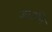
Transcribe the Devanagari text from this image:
जाउनि